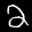
Label: 2